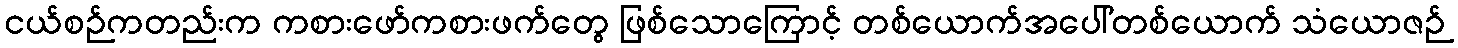
ငယ်စဉ်ကတည်းက ကစားဖော်ကစားဖက်တွေ ဖြစ်သောကြောင့် တစ်ယောက်အပေါ်တစ်ယောက် သံယောဇဉ်